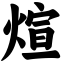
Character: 煊